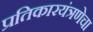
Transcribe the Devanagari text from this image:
प्रतिकारयंत्रणेचा